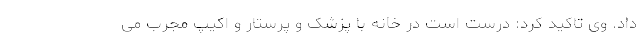
داد. وی تاکید کرد: درست است در خانه با پزشک و پرستار و اکیپ مجرب می